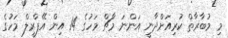
މި މުބާރާތް ކުރިއަށްދާނީ އަންނަ މާޗް މަހުގެ 14 އިން އޭޕްރީލް މަހުގެ